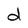
Character: d